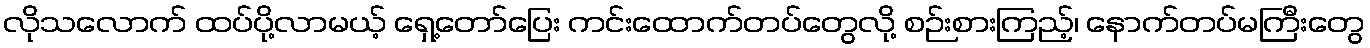
လိုသလောက် ထပ်ပို့လာမယ့် ရှေ့တော်ပြေး ကင်းထောက်တပ်တွေလို့ စဉ်းစားကြည့်၊ နောက်တပ်မကြီးတွေ